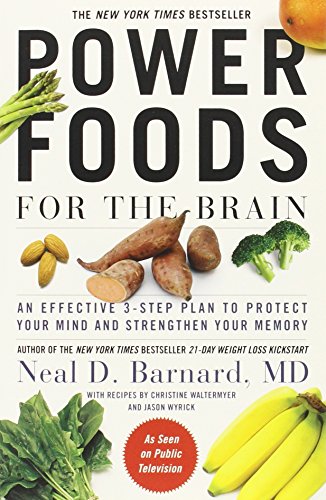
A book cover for Power Foods for the Brain: An Effective 3-Step Plan to Protect Your Mind and Strengthen Your Memory; Neal Barnard; Self-Help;